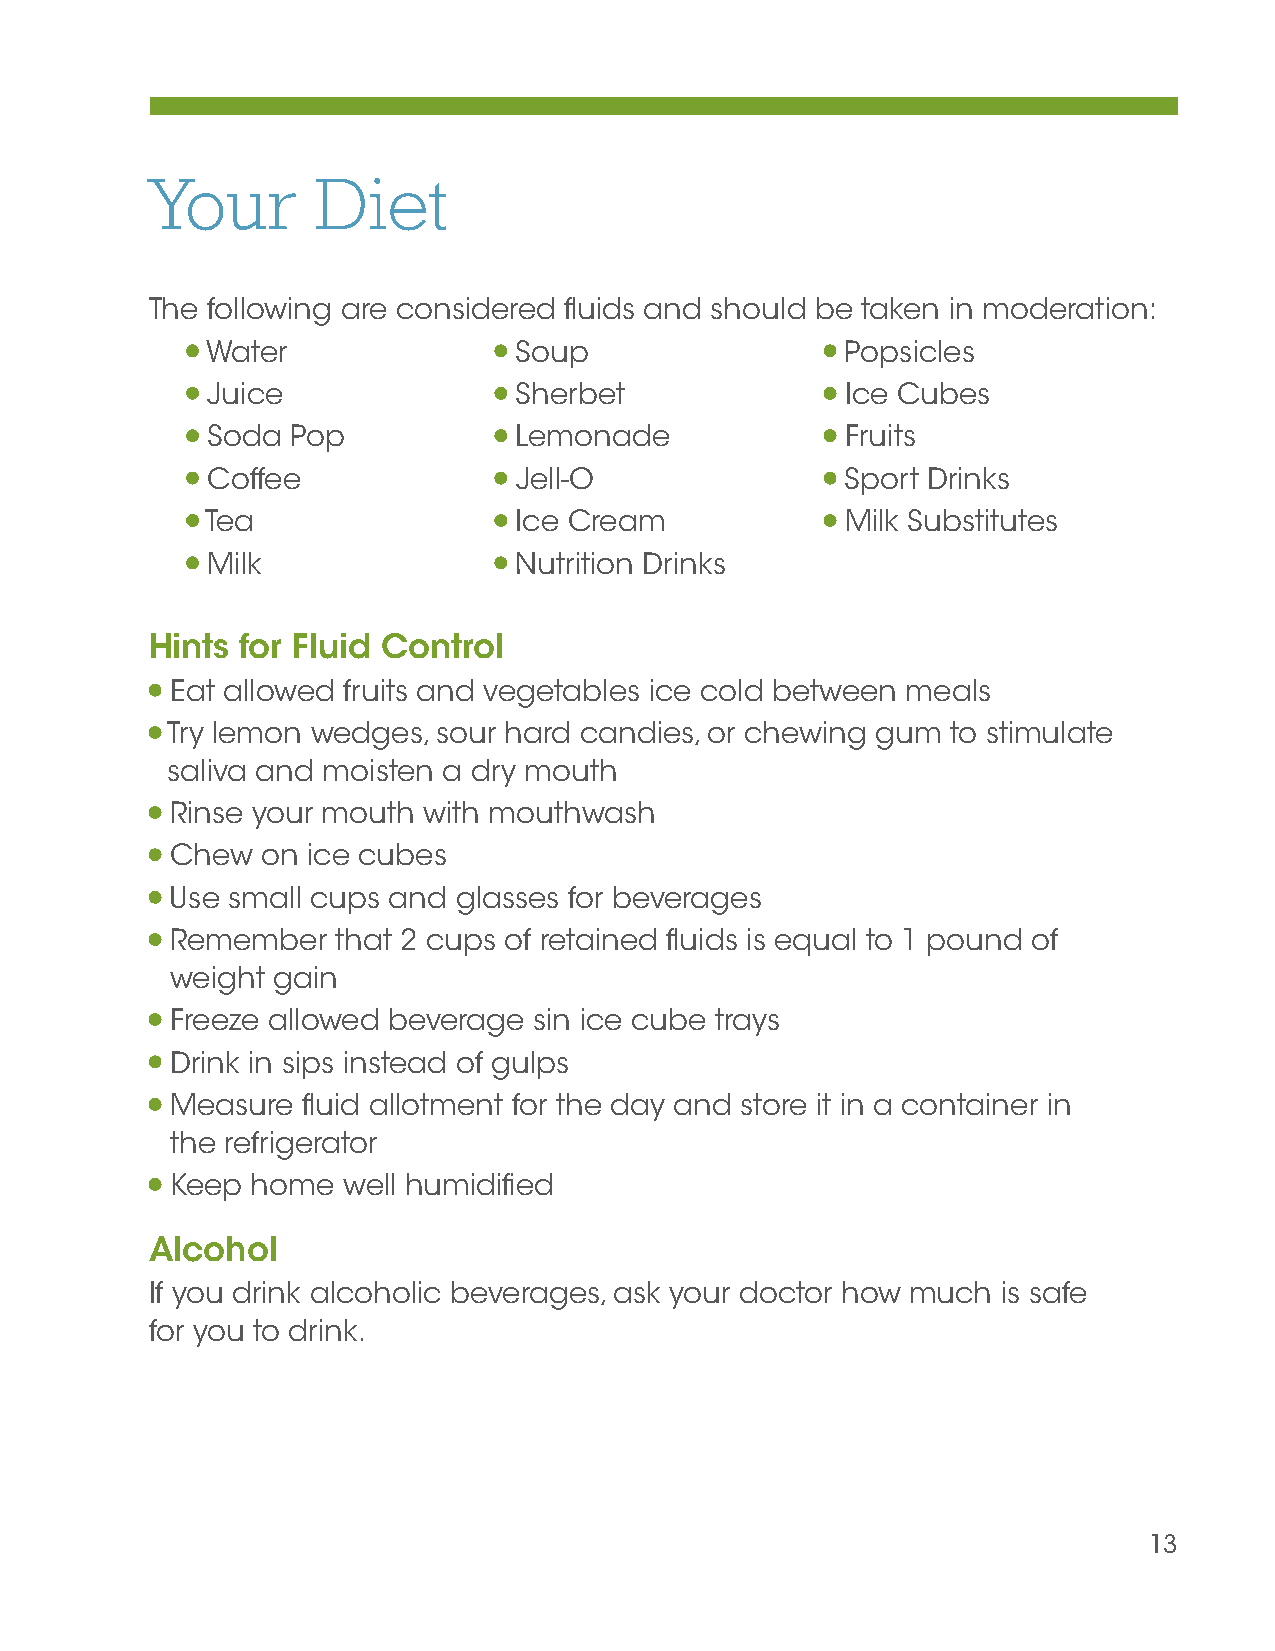
Your       Diet
 The following are considered fluids and should be taken in moderation:
 Water               Soup                  Popsicles
 Juice               Sherbet               Ice Cubes
 Soda Pop            Lemonade              Fruits
 Coffee              Jell-O                Sport Drinks
 Tea                 Ice Cream             Milk Substitutes
 Milk                Nutrition Drinks
 Hints for Fluid Control
 Eat allowed fruits and vegetables ice cold between meals
 Try lemon wedges, sour hard candies, or chewing gum to stimulate
 saliva and moisten a dry mouth
 Rinse your mouth with mouthwash
 Chew  on ice cubes
 Use small cups and glasses for beverages
 Remember   that 2 cups of retained fluids is equal to 1 pound of
 weight gain
 Freeze allowed beverage sin ice cube trays
 Drink in sips instead of gulps
 Measure  fluid allotment for the day and store it in a container in
 the refrigerator
 Keep  home  well humidified
 Alcohol
 If you drink alcoholic beverages, ask your doctor how much is safe
 for you to drink.
 13